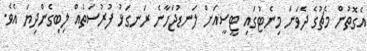
އެގޮތުން މެޗުގެ ދެވަނަ މިނެޓުގައި ޓީސީއަށް ލަނޑުޖަހާނެ ރަނގަޅު ފުރުސަތެއް ލިބިގެންދިޔަ އެވެ.